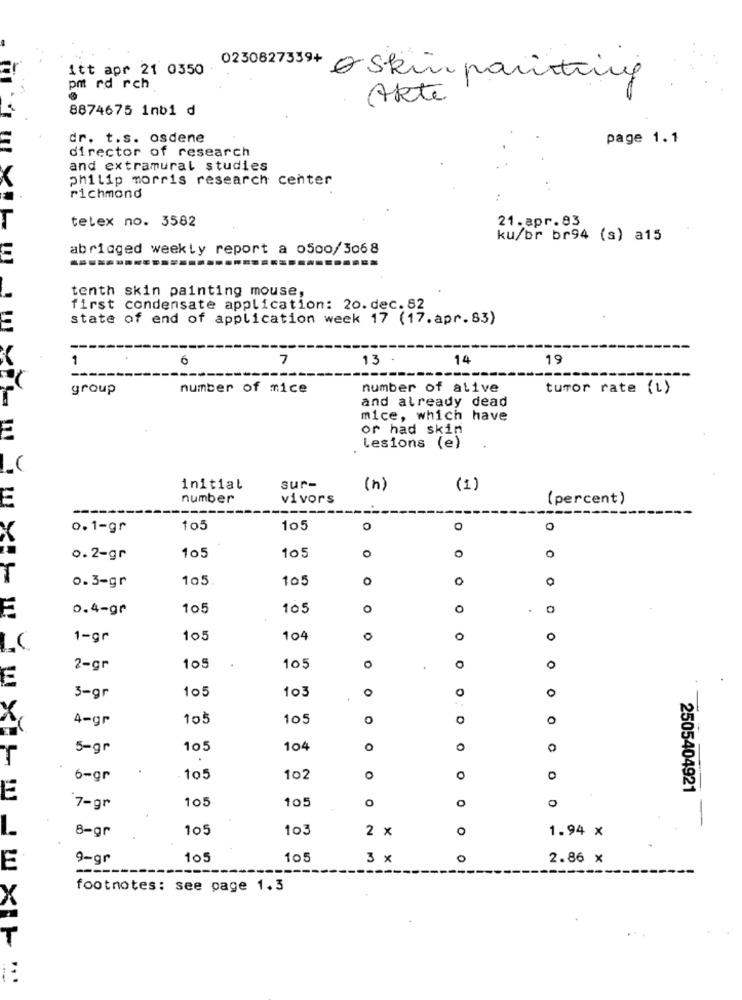
0230827339+
itt apr 21 0350
Skin painting
pm rd rch
Akte
8874675 1nb1 d
dr. t.s. osdene
page 1.1
director of research
and extramural studies
philip morris research center
richmond
telex no. 3582
21.apr.83
ku/br br94 (s) a15
abridged weekly report a o50o/3068
tenth skin painting mouse,
first condensate application: 20. dec. 82
state of end of application week 17 (17.apr.83)
1
6
7
13
14
19
group
number of mice
number of alive
tumor rate (L)
and already dead
mice, which have
or had skin
Lesions (e)
initial
sur-
(n)
(1)
number
vivors
(percent)
---
0.1-gr
105
105
0
o
O
0
0.2-gr
105
105
105
105
0
0
0
0.3-gr
0.4-gr
105
105
O
.
1-gr
105
104
0
O
O
LC
2-gr
105
105
0
O
E
105
103
O
0
0
3-gr
X
4-gr
105
105
O
0
0
5-gr
105
104
0
T
6-gr
105
102
0
2505404921
E
105
105
o
7-gr
-
8-gr
105
103
2 x
O
1.94 x
9-gr
105
105
3 x
0
2.86 X
E
---
footnotes: see page 1.3